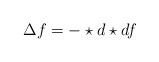
LaTeX: \begin{align*}\Delta f = - \star d \star df \end{align*}